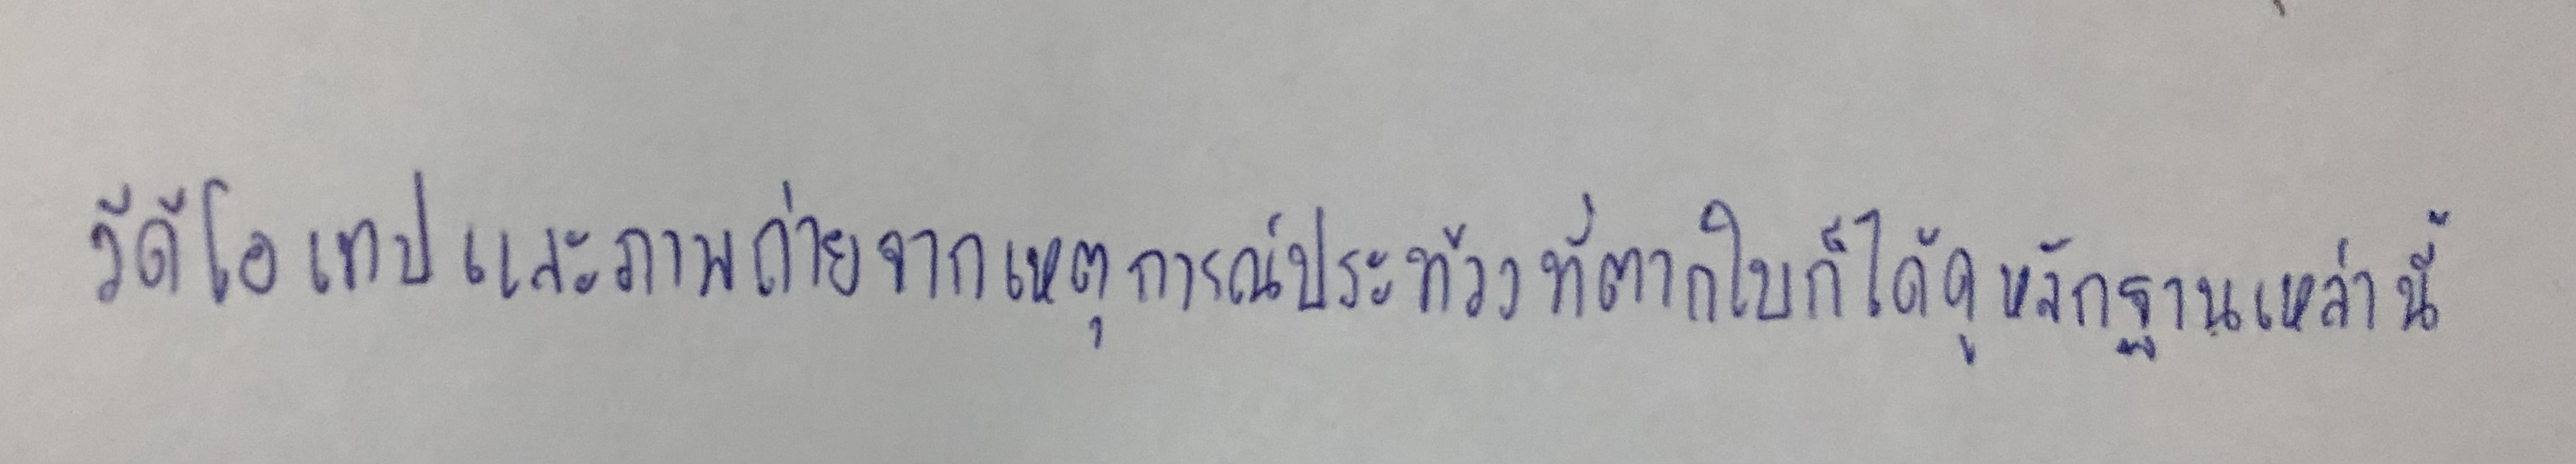
วีดีโอเทปและภาพถ่ายจากเหตุการณ์ประท้วงที่ตากใบก็ได้ดูหลักฐานเหล่านี้